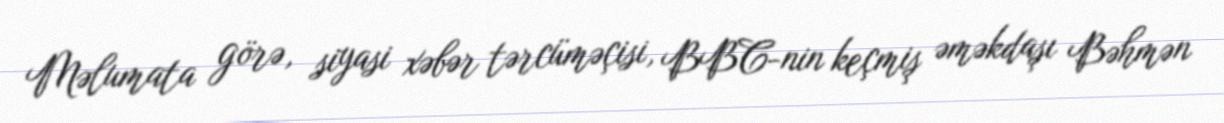
Məlumata görə, siyasi xəbər tərcüməçisi, BBC-nin keçmiş əməkdaşı Bəhmən